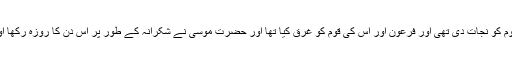
اس دن اللہ نے سیدنا موسیٰ ؑ اور ان کی قوم کو نجات دی تھی اور فرعون اور اس کی قوم کو غرق کیا تھا اور حضرت موسیٰؑ نے شکرانہ کے طور پر اس دن کا روزہ رکھا اور ہم لوگ بھی اس کا روزہ رکھتے ہیں۔